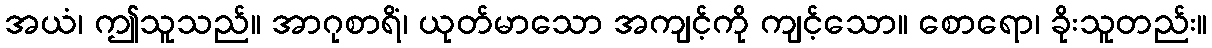
အယံ၊ ဤသူသည်။ အာဂုစာရိံ၊ ယုတ်မာသော အကျင့်ကို ကျင့်သော။ စောရော၊ ခိုးသူတည်း။